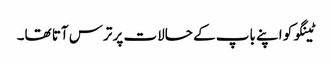
ٹینگو کو اپنے باپ کے حالات پر ترس آتا تھا۔